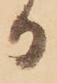
日